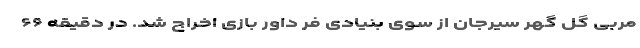
مربی گل گهر سیرجان از سوی بنیادی فر داور بازی اخراج شد. در دقیقه ۶۶